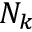
N _ { k }